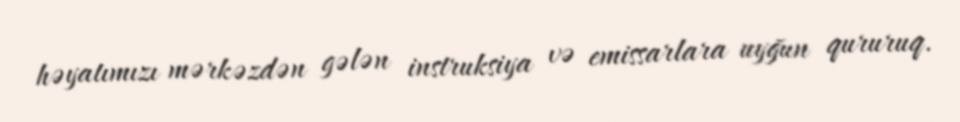
həyatımızı mərkəzdən gələn instruksiya və emissarlara uyğun qururuq.